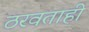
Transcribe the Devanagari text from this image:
ठरवताही